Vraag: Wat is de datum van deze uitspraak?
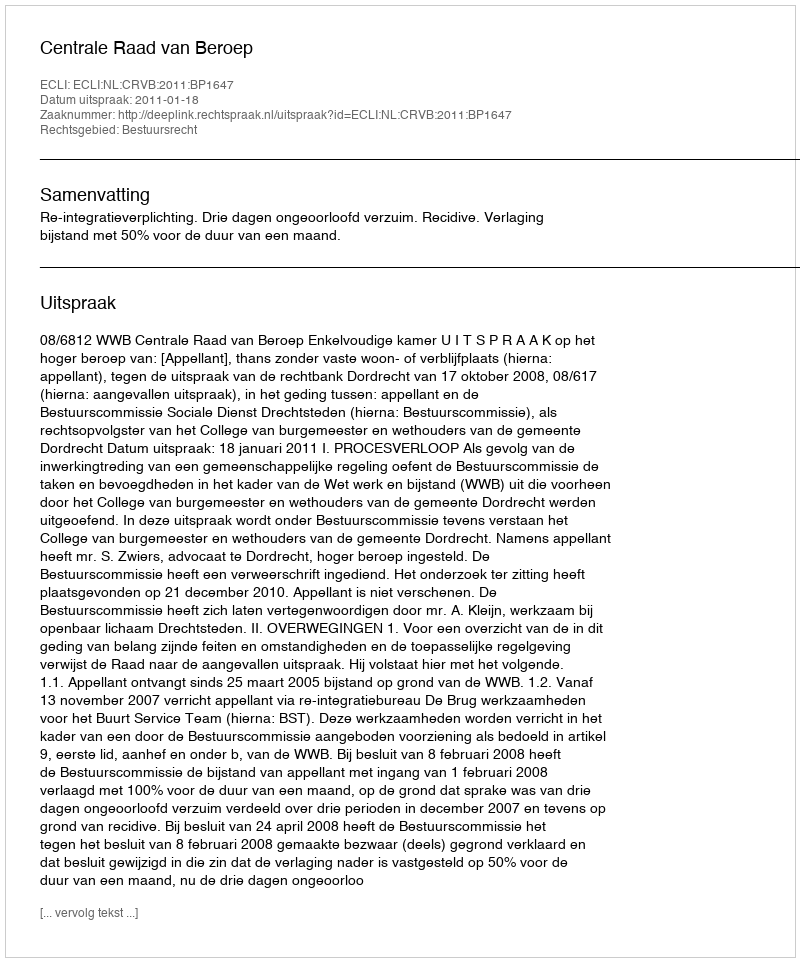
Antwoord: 2011-01-18